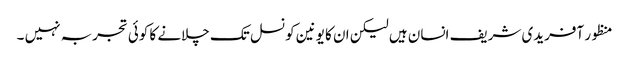
منظور آفریدی شریف انسان ہیں لیکن ان کا یونین کونسل تک چلانے کا کوئی تجربہ نہیں ۔